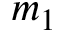
m _ { 1 }